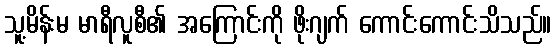
သူ့မိန်းမ မာရီလူစီ၏ အကြောင်းကို ဖိုးဂျက် ကောင်းကောင်းသိသည်။